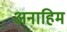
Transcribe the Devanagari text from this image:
अनाहिम